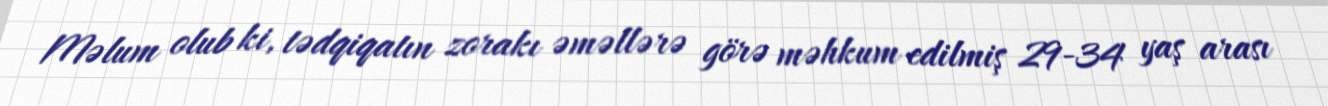
Məlum olub ki, tədqiqatın zorakı əməllərə görə məhkum edilmiş 29-34 yaş arası